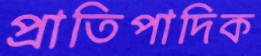
প্রাতিপাদিক